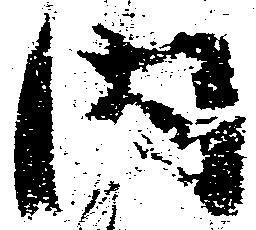
内